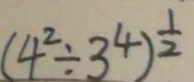
( 4 ^ { 2 } \div 3 ^ { 4 } ) ^ { \frac { 1 } { 2 } }